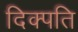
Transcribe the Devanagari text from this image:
दिक्पति